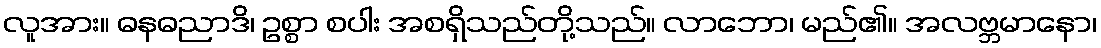
လူအား။ ဓနဓညာဒိ၊ ဥစ္စာ စပါး အစရှိသည်တို့သည်။ လာဘော၊ မည်၏။ အလဗ္ဘမာနော၊